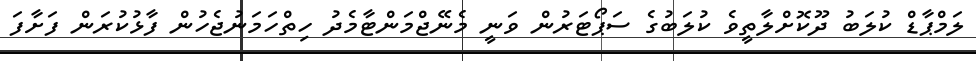
ލަމްޕާޑް ކުލަބު ދޫކޮށްލާތީވެ ކުލަބުގެ ސަޕޯޓަރުން ވަނީ މެނޭޖްމަންޓާމެދު ހިތްހަމަނުޖެހުން ފާޅުކުރަން ފަށާފަ